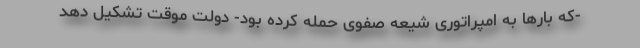
-که بارها به امپراتوری شیعه صفوی حمله کرده بود- دولت موقت تشکیل دهد